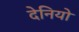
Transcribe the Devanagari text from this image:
देनियो